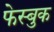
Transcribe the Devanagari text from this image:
फेस्बुक